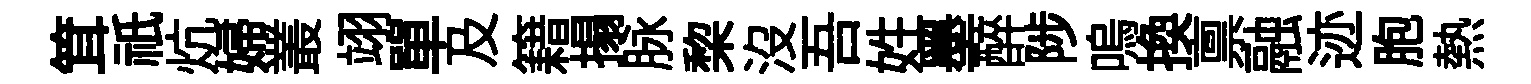
䇯祇炕婦叢翊單及籍搨脉棃沒吾姓墨醉陟嗚换禀融迹胞熱